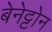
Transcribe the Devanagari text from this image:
बेनेट्टोन